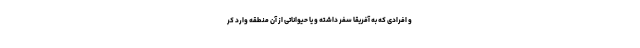
و افرادی که به آفریقا سفر داشته و یا حیواناتی از آن منطقه وارد کر